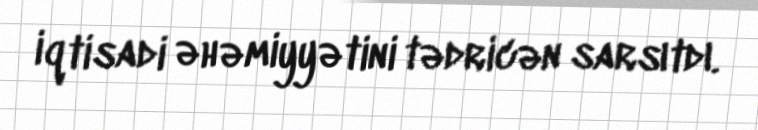
iqtisadi əhəmiyyətini tədricən sarsıtdı.